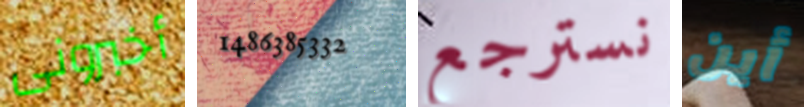
أخبرونى 1486385332 نسترجع أين